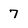
Character: 7